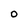
Character: O